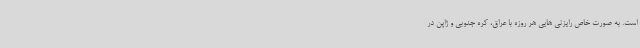
است. به صورت خاص رایزنی هایی هر روزه با عراق، کره جنوبی و ژاپن در